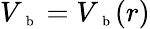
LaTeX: V_{\mathrm{~\scriptsize~b~}}=V_{\mathrm{~\scriptsize~b~}}(r)